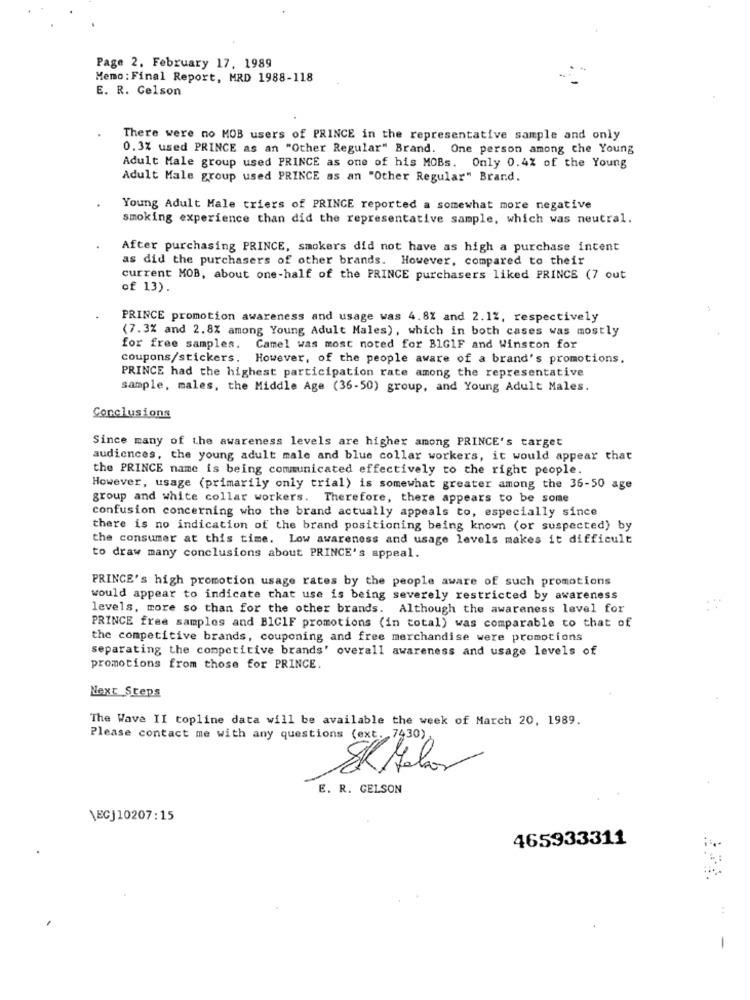
Page 2, February 17, 1989
Memo : Final Report, MRD 1988-118
E. R. Gelson
There were no MOB users of PRINCE in the representative sample and only
0.3% used PRINCE as an "Other Regular" Brand. One person among the Young
Adult Male group used PRINCE as one of his MOBs. Only 0.4% of the Young
Adult Male group used PRINCE as an "Other Regular" Brand.
Young Adult Male triers of PRINCE reported a somewhat more negative
smoking experience than did the representative sample, which was neutral.
After purchasing PRINCE, smokers did not have as high a purchase intent
as did the purchasers of other brands. However, compared to their
current MOB, about one-half of the PRINCE purchasers liked PRINCE (7 out
of 13).
PRINCE promotion awareness and usage was 4.81 and 2.12, respectively
(7.3% and 2.8% among Young Adult Males), which in both cases was mostly
for free samples. Camel was most noted for BIGIF and Winston for
coupons/stickers. However, of the people aware of a brand's promotions.
PRINCE had the highest participation rate among the representative
sample, males, the Middle Age (36-50) group, and Young Adult Males.
Conclusions
Since many of the awareness levels are higher among PRINCE's target
audiences, the young adult male and blue collar workers, it would appear that
the PRINCE name is being communicated effectively to the right people.
However, usage (primarily only trial) is somewhat greater among the 36-50 age
group and white collar workers. Therefore, there appears to be some
confusion concerning who the brand actually appeals to, especially since
there is no indication of the brand positioning being known (or suspected) by
the consumer at this time. Low awareness and usage levels makes it difficult
to draw many conclusions about PRINCE's appeal.
PRINCE's high promotion usage rates by the people aware of such promotions
would appear to indicate that use is being severely restricted by awareness
levels, more so than for the other brands. Although the awareness level for
PRINCE free samples and BICIF promotions (in total) was comparable to that of
the competitive brands, couponing and free merchandise were promotions
separating the competitive brands' overall awareness and usage levels of
promotions from those for PRINCE.
Next Steps
The Wave II topline data will be available the week of March 20, 1989.
Please contact me with any questions (ext. 7430)
E. R. GELSON
\ECJ10207:15
465933311
-